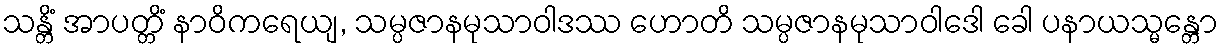
သန္တိံ အာပတ္တိံ နာဝိကရေယျ, သမ္ပဇာနမုသာဝါဒဿ ဟောတိ သမ္ပဇာနမုသာဝါဒေါ ခေါ ပနာယသ္မန္တော